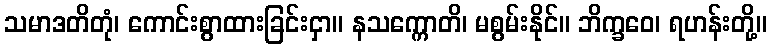
သမာဒတိတုံ၊ ကောင်းစွာထားခြင်းငှာ။ နသက္ကောတိ၊ မစွမ်းနိုင်။ ဘိက္ခဝေ၊ ရဟန်းတို့။